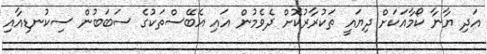
އަދި ޔާނާ ކޯމާއަކަށް ދިޔައީ ތަކުރާރުކޮށް ދެވެމުން އައި އެބޭސްތަކުގެ ސަބަބުން ސިކުނޑިއާއި